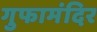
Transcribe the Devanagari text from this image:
गुफामंदिर